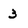
Character: 3